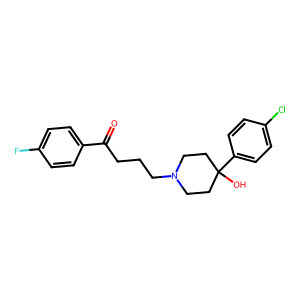
SMILES: O=C(CCCN1CCC(O)(c2ccc(Cl)cc2)CC1)c1ccc(F)cc1
Inhibits HIV replication: No